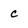
Character: c